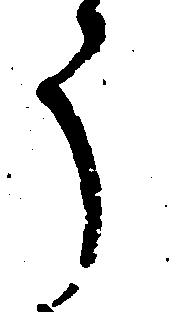
う